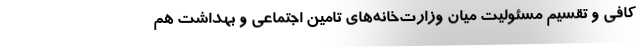
کافی و تقسیم مسئولیت میان وزارت‌خانه‌های تامین اجتماعی و بهداشت هم